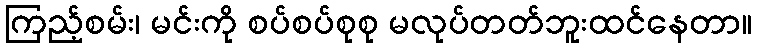
ကြည့်စမ်း၊ မင်းကို စပ်စပ်စုစု မလုပ်တတ်ဘူးထင်နေတာ။